Annual administration report of the Civil Veterinary Department, Sind - 1940-1941
Year: 1940
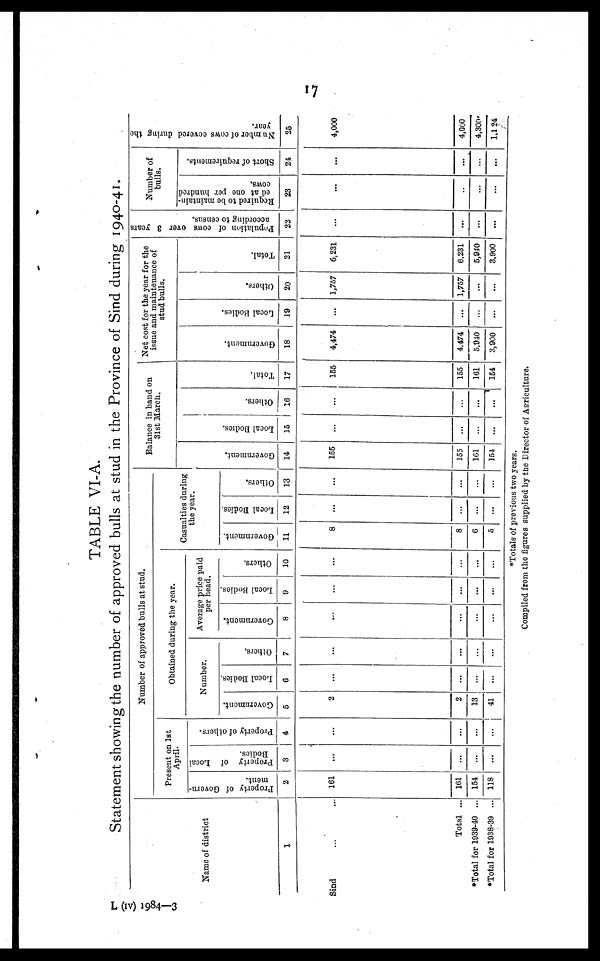
17
TABLE VI-A.
Statement showing the number of approved bulls at stud in the Province of Sind during 1940-41.
Name of district
1
Sind ... ...
Total ...
*Total for 1939-40 ...
*Total for 1938-39 ...
Number of approved bulls at stud.
Present on 1st
April.
Property of Govern-
ment.
2
161
161
154
118
Property of Local
Bodies.
3
...
...
...
...
Property of others.
4
...
...
...
...
Obtained during the year.
Number.
Government.
5
2
2
13
41
Local Bodies.
6
...
...
...
...
Others.
7
...
...
...
...
Average price paid
per head.
Government.
8
...
...
...
...
Local Bodies.
9
...
...
...
...
Others.
10
...
...
...
...
Casualties during
the year.
Government.
11
8
8
6
5
Local Bodies.
12
...
...
...
...
Others.
13
...
...
...
...
Balance in hand on
31st March.
Go v e r
n me n t.
14
155
155
161
154
Local Bodi es .
15
...
...
...
...
Ot her s .
16
...
...
...
...
Tot al .
17
155
155
161
154
Net cost for the year for the
issue and maintenance of
stud bulls.
Go v e r
n me n t.
18
4,474
4,474
5,940
3,900
Local Bodies.
19
...
...
...
...
Ot her s .
20
1,757
1,757
...
...
Total.
21
6,231
6,231
5,940
3,900
Population of cows over 3 years
according to census.
22
...
...
...
...
Number of
bulls.
Required to be maintain-
ed at one per hundred
cows.
23
...
...
...
...
Short of requirements.
24
...
...
...
...
Number of cows covered during the
year.
25
4,000
4,000
4,300
1,124
*Totals of previous two years.
Compiled from the figures supplied by the Director of Agriculture.
L (IV) 1984—3